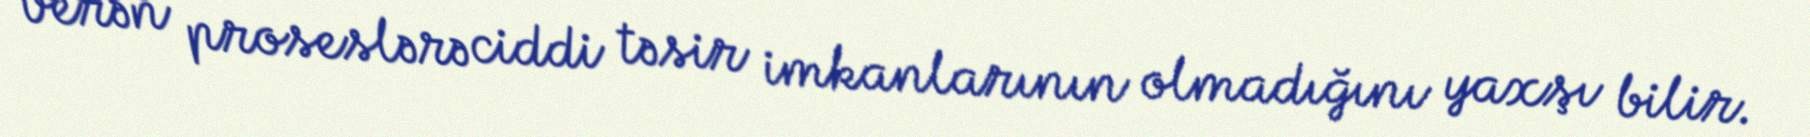
verən proseslərə ciddi təsir imkanlarının olmadığını yaxşı bilir.